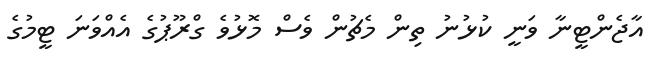
އާޖެންޓީނާ ވަނީ ކުޅުނު ތިން މެޗުން ވެސް މޮޅުވެ ގްރޫޕުގެ އެއްވަނަ ޓީމުގެ